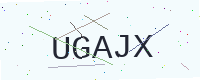
Text: UGAJX